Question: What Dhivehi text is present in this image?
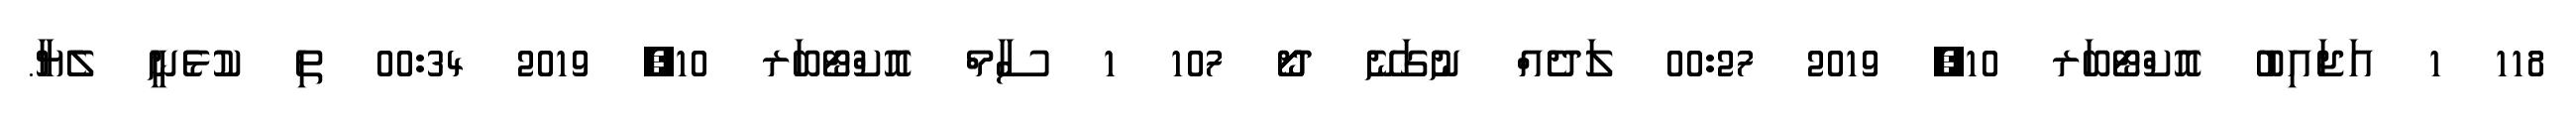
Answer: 118 1 އަޖައިބު އޮކްޓޯބަރ 10, 2019 00:27 ލަދެއް ނުގަނޭ ދޯޯ 107 1 ސާމް އޮކްޓޯބަރ 10, 2019 00:34 ތި ކުޅެނީ ލެޔާ.